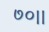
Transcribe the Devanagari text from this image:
७०।।